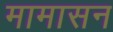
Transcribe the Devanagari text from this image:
मामासन